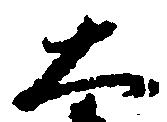
大